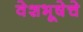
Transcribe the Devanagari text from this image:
वेशभूषेचे